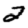
Digit: 2